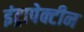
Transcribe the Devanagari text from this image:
इंट्रापेक्टीन